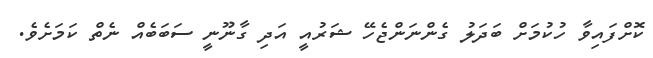
ކޮށްފައިވާ ހުކުމަށް ބަދަލު ގެންނަންޖެހޭ ޝަރުއީ އަދި ގާނޫނީ ސަބަބެއް ނެތް ކަމަށެވެ.